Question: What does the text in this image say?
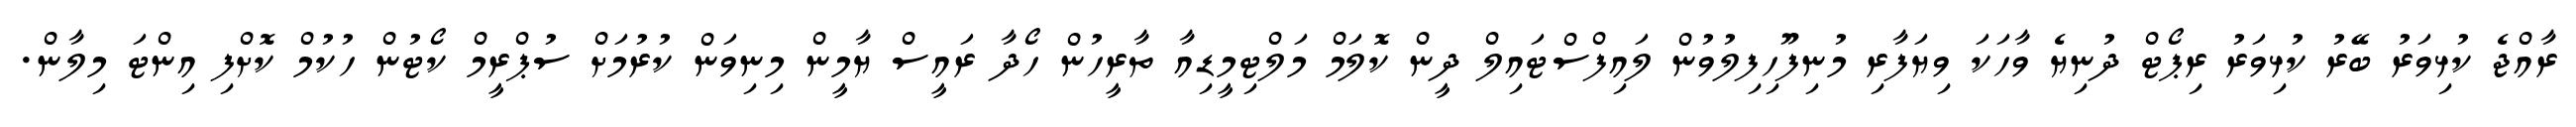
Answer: ރާއްޖެ ކުޅިވަރު ބޭރު ކުޅިވަރު ރިޕޯޓް ދުނިޔެ ވާހަކަ ވިޔަފާރި މުނިފޫހިފިލުވުން ލައިފްސްޓައިލް ދީން ކޮލަމް މަލްޓިމީޑިއާ ތާރީހުން ހޯދާ ރައީސް ޔާމީން މިނިވަން ކުރުމަށް ސުޕްރީމް ކޯޓުން ހުކުމް ކޮށްފި އިންޓަ މިލާން.